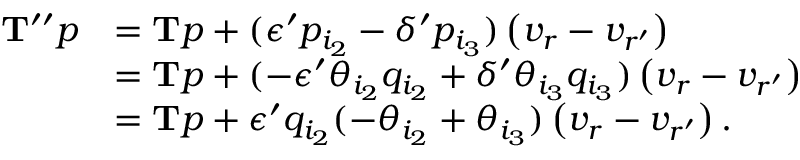
\begin{array} { r l } { \mathbf { T } ^ { \prime \prime } p } & { = \mathbf { T } p + ( \epsilon ^ { \prime } p _ { i _ { 2 } } - \delta ^ { \prime } p _ { i _ { 3 } } ) \left( v _ { r } - v _ { r ^ { \prime } } \right) } \\ & { = \mathbf { T } p + ( - \epsilon ^ { \prime } \theta _ { i _ { 2 } } q _ { i _ { 2 } } + \delta ^ { \prime } \theta _ { i _ { 3 } } q _ { i _ { 3 } } ) \left( v _ { r } - v _ { r ^ { \prime } } \right) } \\ & { = \mathbf { T } p + \epsilon ^ { \prime } q _ { i _ { 2 } } ( - \theta _ { i _ { 2 } } + \theta _ { i _ { 3 } } ) \left( v _ { r } - v _ { r ^ { \prime } } \right) . } \end{array}